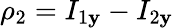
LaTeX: \rho_{2}=I_{1\mathbf{y}}-I_{2\mathbf{y}}